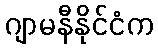
ဂျာမနီနိုင်ငံက